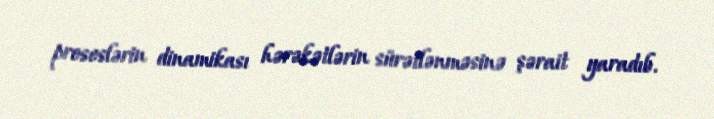
proseslərin dinamikası hərəkətlərin sürətlənməsinə şərait yaradıb.